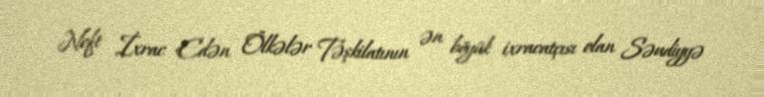
Neft İxrac Edən Ölkələr Təşkilatının ən böyük ixracatçısı olan Səudiyyə